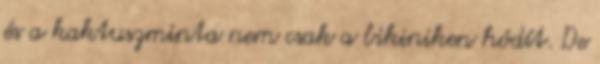
és a kaktuszminta nem csak a bikiniken hódít. De